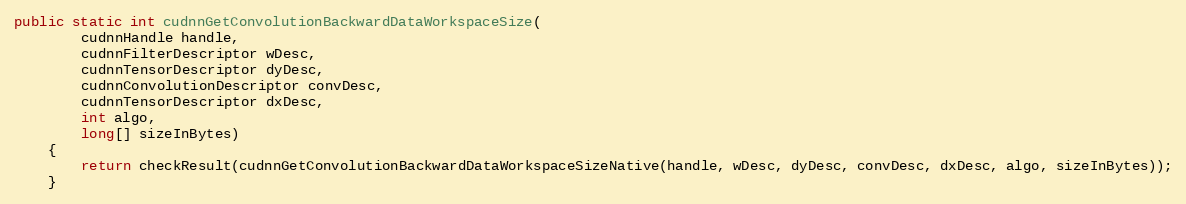
Language: Java
public static int cudnnGetConvolutionBackwardDataWorkspaceSize(
        cudnnHandle handle,
        cudnnFilterDescriptor wDesc,
        cudnnTensorDescriptor dyDesc,
        cudnnConvolutionDescriptor convDesc,
        cudnnTensorDescriptor dxDesc,
        int algo,
        long[] sizeInBytes)
    {
        return checkResult(cudnnGetConvolutionBackwardDataWorkspaceSizeNative(handle, wDesc, dyDesc, convDesc, dxDesc, algo, sizeInBytes));
    }